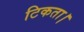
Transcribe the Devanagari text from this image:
टिकता।